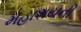
મહાશયની